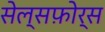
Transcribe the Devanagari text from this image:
सेल्सफ़ोर्स